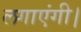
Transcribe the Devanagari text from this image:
लगाएंगी।